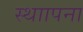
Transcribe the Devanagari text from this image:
स्थाापना